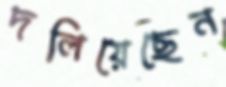
দলিয়েছেন